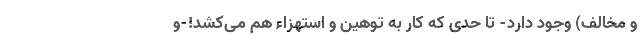
و مخالف) وجود دارد- تا حدی که کار به توهین و استهزاء هم می‌کشد!-و